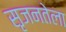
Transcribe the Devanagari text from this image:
सृजनतेला